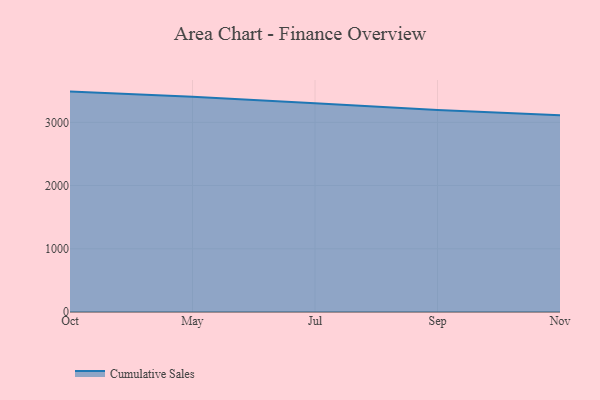
{"axis": {"x": "Month", "y": "LTV (USD)"}, "legend": ["Cumulative Sales"], "data": [{"x": "Oct", "y": 3486.9, "type": "Cumulative Sales"}, {"x": "May", "y": 3403.5, "type": "Cumulative Sales"}, {"x": "Jul", "y": 3301.4, "type": "Cumulative Sales"}, {"x": "Sep", "y": 3194.9, "type": "Cumulative Sales"}, {"x": "Nov", "y": 3113.4, "type": "Cumulative Sales"}]}